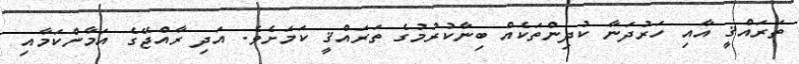
ތަރައްޤީ އާއި ހަރުދަނާ ކުދިންތަކެއް ބިނާކުރުމުގެ ތަރައްޤީ ކަމަށެވެ. އަދި ރާއްޖޭގެ އަމާންކަމާއި